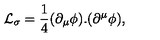
{ \cal L } _ { \sigma } = \frac { 1 } { 4 } ( \partial _ { \mu } \mathrm { \boldmath \phi } ) . ( \partial ^ { \mu } \mathrm { \boldmath \phi } ) ,